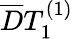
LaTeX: \overline{{D}}T_{1}^{(1)}